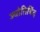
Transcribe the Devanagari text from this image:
ज्योतिबिंद